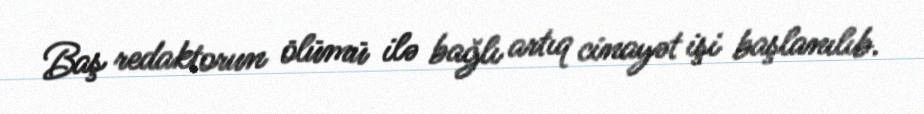
Baş redaktorun ölümü ilə bağlı artıq cinayət işi başlanılıb.